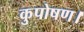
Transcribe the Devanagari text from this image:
कुपोषण।